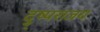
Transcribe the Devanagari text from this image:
दु्ष्पराजय